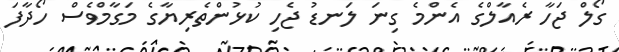
ގޯލް ޖަހާ ރެއާލްގެ އެންމެ ގިނަ ލަނޑު ޖެހި ކުޅުންތެރިޔާގެ މަގާމްވެސް ހޯދާފަ